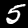
Label: 5